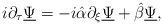
LaTeX: \begin{align*}i \partial_{\tau} \underline{\Psi} = -i \hat{\alpha} \partial_{\xi} \underline{\Psi} + \hat{\beta} \underline{\Psi},\end{align*}